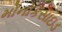
મોનોકસાઇડ